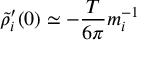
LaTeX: \widetilde { \rho } _ { i } ^ { \prime } ( 0 ) \simeq - { \frac { T } { 6 \pi } } m _ { i } ^ { - 1 }